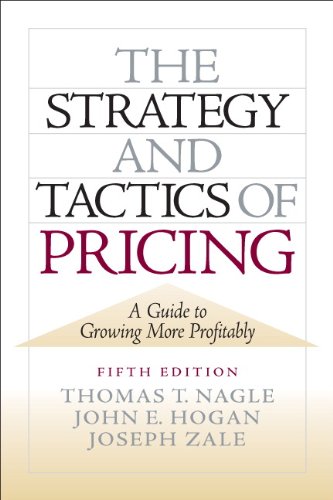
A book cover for The Strategy and Tactics of Pricing: A Guide to Growing More Profitably; Thomas Nagle; Business & Money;